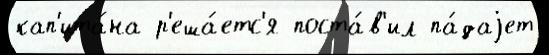
кап'ита́на р'еша́етс'я поста́в'ил па́даjет